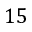
1 5